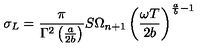
\sigma _ { L } = \frac { \pi } { \Gamma ^ { 2 } \left( \frac { a } { 2 b } \right) } S \Omega _ { n + 1 } \left( \frac { \omega T } { 2 b } \right) ^ { \frac { a } { b } - 1 }